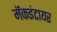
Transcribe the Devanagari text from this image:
मॅकइंटायर